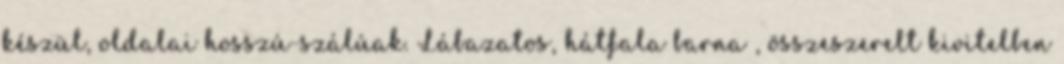
készül, oldalai hosszú-szálúak. Lábazatos, hátfala barna , összeszerelt kivitelben